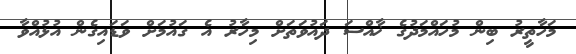
މަހާތީރު ބިން މުހައްމަދުގެ ޚާއްސަ ދައުވަތަށް މިހާރު އެ ގައުމަށް ވަޑައިގެން އުޅުއްވާ